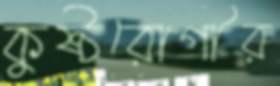
কুষ্ঠরোগীর